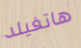
هاتفيلد